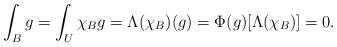
LaTeX: \begin{align*}\int_{B}{g}=\int_{ U }\chi_{B}{g}=\Lambda(\chi_{B})(g)=\Phi(g)[\Lambda(\chi_{B})]=0.\end{align*}